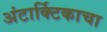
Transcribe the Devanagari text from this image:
अंटार्क्टिकाचा